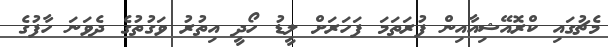
މެޗުގައި ކްރޮއޭޝިއާއިން ފުރަތަމަ ފަހަރަށް ލީޑު ހޯދީ އިތުރު ވަގުތުގެ ދެވަނަ ހާފުގެ